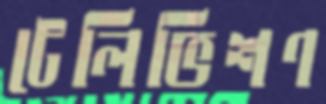
টেলিভিশণ